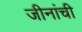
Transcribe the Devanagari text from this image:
जीनांची